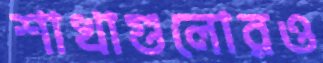
শাখাগুলোরও